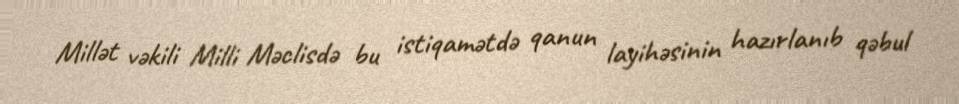
Millət vəkili Milli Məclisdə bu istiqamətdə qanun layihəsinin hazırlanıb qəbul